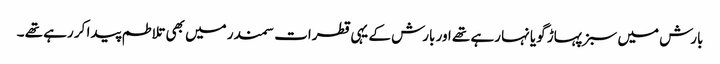
بارش میں سبز پہاڑ گویا نہا رہے تھے اور بارش کے یہی قطرات سمندر میں بھی تلاطم پیدا کر رہے تھے ۔